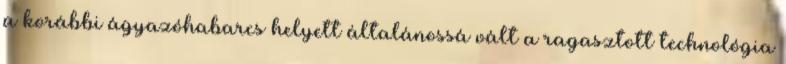
a korábbi ágyazóhabarcs helyett általánossá vált a ragasztott technológia